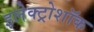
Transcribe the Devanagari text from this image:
इलेक्ट्रोशॉक